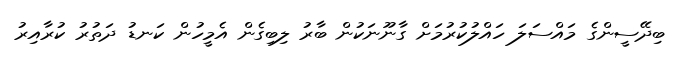
ބިދޭސީންގެ މައްސަލަ ހައްލުކުރުމަށް ގާނޫނަކުން ބާރު ލިބިގެން އެމީހުން ކަނޑު ދަތުރު ކުރާއިރު